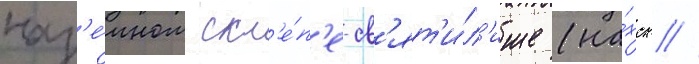
наз'е́мном скл'е́п'е-св'ят'и́л'ище (на́хск //